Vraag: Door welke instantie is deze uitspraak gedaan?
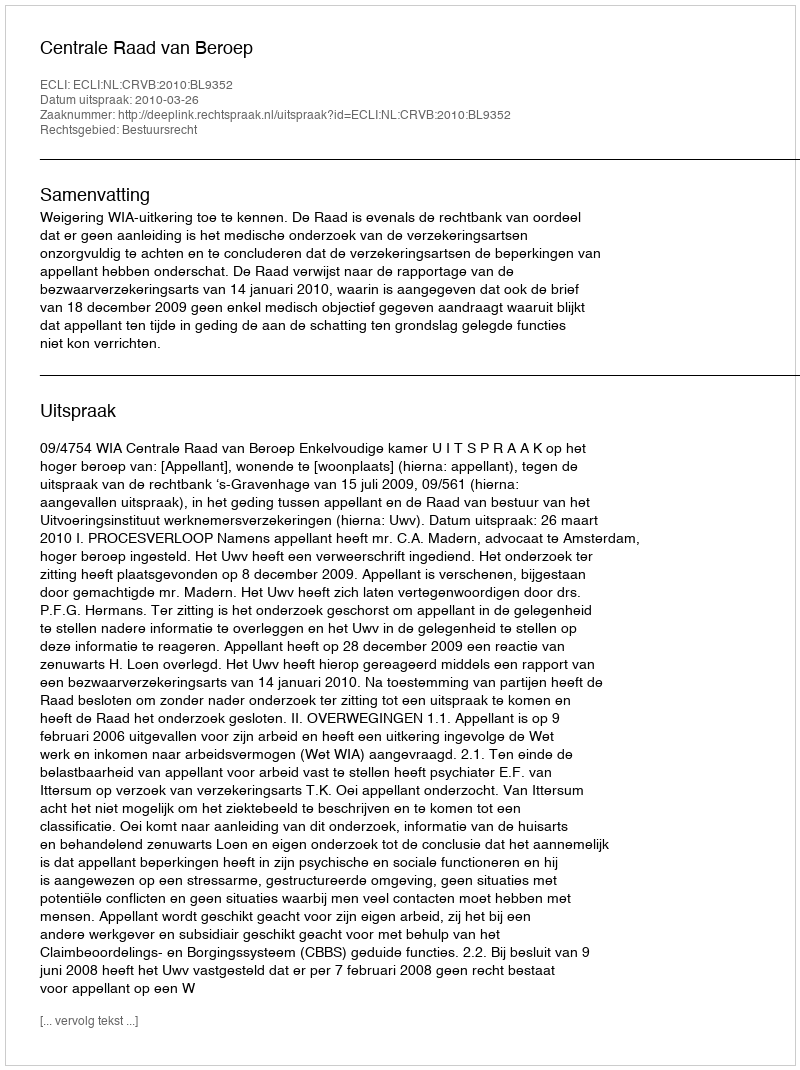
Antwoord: Centrale Raad van Beroep